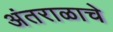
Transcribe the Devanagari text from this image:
अंतराळाचे